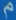
مْم